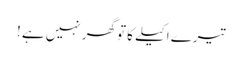
تیرے اکیلے کا تو گھر نہیں ہے !